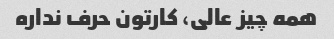
همه چیز عالی، کارتون حرف نداره